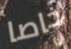
خاصا